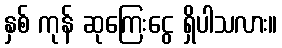
နှစ် ကုန် ဆုကြေးငွေ ရှိပါသလား။